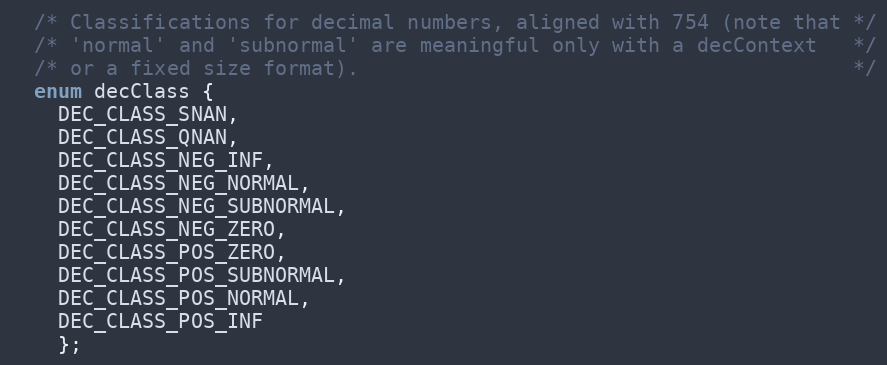
Language: C
  /* Classifications for decimal numbers, aligned with 754 (note that */
  /* 'normal' and 'subnormal' are meaningful only with a decContext   */
  /* or a fixed size format).                                         */
  enum decClass {
    DEC_CLASS_SNAN,
    DEC_CLASS_QNAN,
    DEC_CLASS_NEG_INF,
    DEC_CLASS_NEG_NORMAL,
    DEC_CLASS_NEG_SUBNORMAL,
    DEC_CLASS_NEG_ZERO,
    DEC_CLASS_POS_ZERO,
    DEC_CLASS_POS_SUBNORMAL,
    DEC_CLASS_POS_NORMAL,
    DEC_CLASS_POS_INF
    };